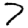
Digit: 7